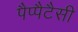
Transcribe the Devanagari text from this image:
पैप्पैटैसी